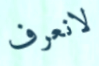
لانعرف